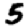
Digit: 5